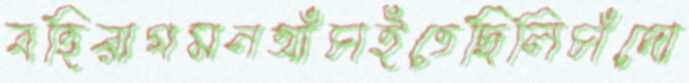
বহিরাগমনআঁচাইতেছিলিচাঁদো